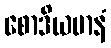
စောဒိယမာနံ